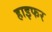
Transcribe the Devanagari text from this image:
हाइफर